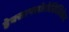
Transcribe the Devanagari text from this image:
हेक्साफ्लोरोसिलिकेट